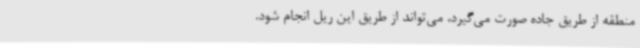
منطقه از طریق جاده صورت می‌گیرد، می‌تواند از طریق این ریل انجام شود.